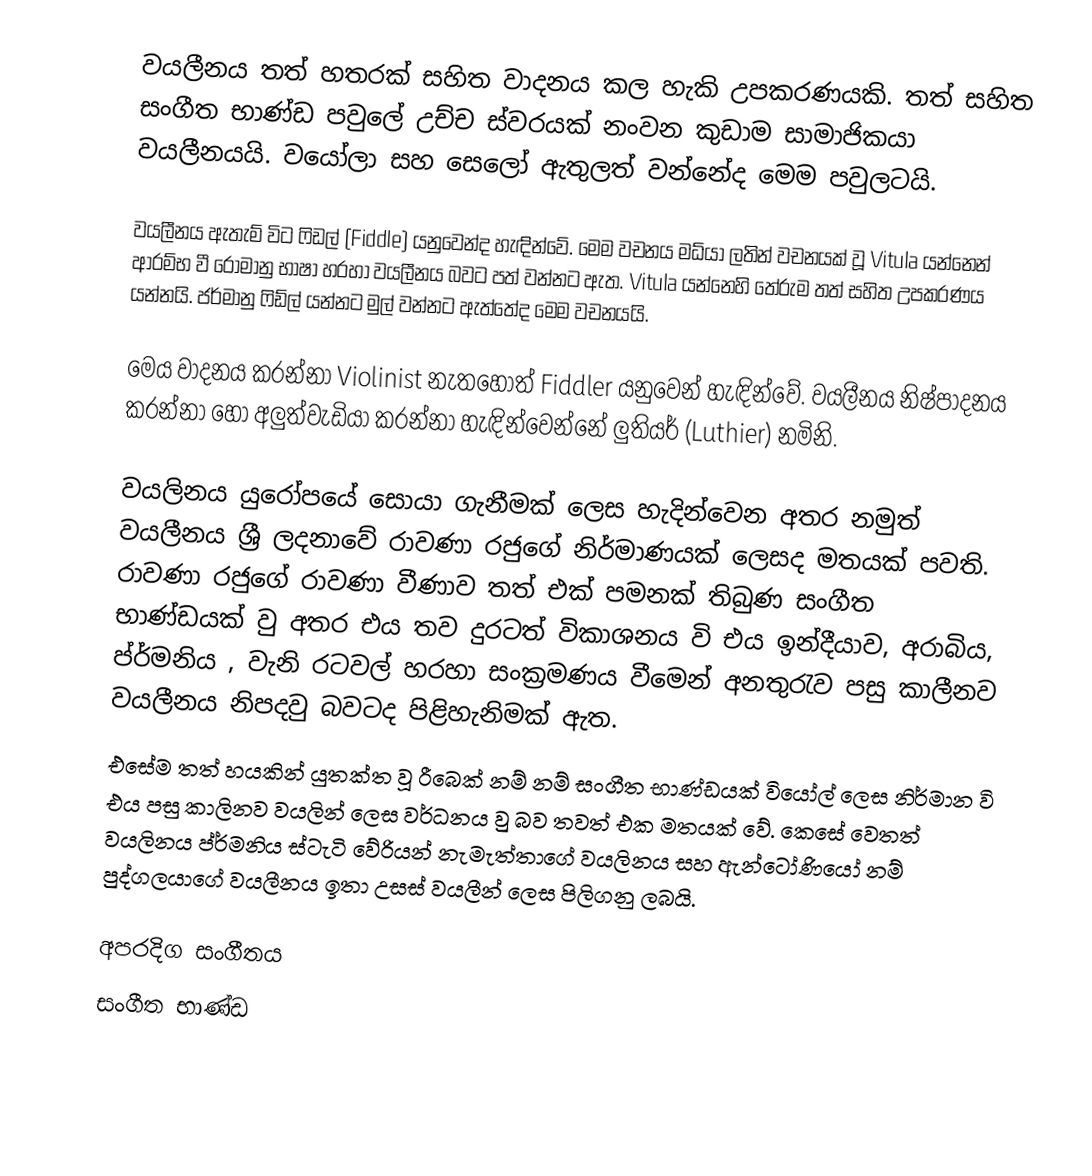
වයලීනය තත් හතරක් සහිත වාදනය කල හැකි උපකරණයකි. තත් සහිත සංගීත භාණ්ඩ පවුලේ උච්ච ස්වරයක් නංවන කුඩාම සාමාජිකයා වයලීනයයි. වයෝලා සහ සෙලෝ ඇතුලත් වන්නේද මෙම පවුලටයි.

වයලීනය ඇතැම් විට ෆිඩල් (Fiddle) යනුවෙන්ද හැඳින්වේ. මෙම වචනය මධ්යා ලතින් වචනයක් වූ Vitula යන්නෙන් ආරම්භ වී රෝමානු භාෂා හරහා වයලීනය බවට පත් වන්නට ඇත. Vitula යන්නෙහි තේරුම තත් සහිත උපකරණය යන්නයි. ජර්මානු ෆිඩ්ල් යන්නට මුල් වන්නට ඇත්තේද මෙම වචනයයි.

මෙය වාදනය කරන්නා Violinist නැතහොත් Fiddler යනුවෙන් හැඳින්වේ. වයලීනය නිෂ්පාදනය කරන්නා හෝ අලුත්වැඩියා කරන්නා හැඳින්වෙන්නේ ලුතියර් (Luthier) නමිනි.

වයලිනය යුරෝපයේ සොයා ගැනීමක් ලෙස හැදින්වෙන අතර නමුත් වයලීනය ශ්‍රී ලදනාවේ රාවණා රජුගේ නිර්මාණයක් ලෙසද මතයක් පවති. රාවණා රජුගේ රාවණා වීණාව තත් එක් පමනක් තිබුණ සංගීත භාණ්ඩයක් වු අතර එය තව දුරටත් විකාශනය වි එය ඉන්දීයාව, අරාබිය, ප්ර්මනිය , වැනි රටවල් හරහා සංක්‍රමණය  වීමෙන් අනතුරැව පසු කාලීනව වයලීනය නිපදවු බවටද පිළිහැනිමක් ඇත.
එසේම  තත් හයකින් යුතක්ත වූ රීබෙක් නම් නම් සංගීත භාණ්ඩයක් වියෝල් ලෙස නිර්මාන වි එය පසු කාලිනව වයලින් ලෙස වර්ධනය වු බව තවත් එක මතයක් වේ. කෙසේ වෙතත් වයලිනය ප්ර්මනිය ස්ටැටි වේරියන් නැමැත්තාගේ වයලිනය සහ ඇන්ටෝණියෝ නම් පුද්ගලයාගේ වයලීනය ඉතා උසස් වයලීන් ලෙස පිලිගනු ලබයි.

අපරදිග සංගීතය
සංගීත භාණ්ඩ